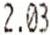
2.03